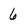
Character: 6